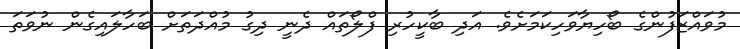
މުވައްޒަފުންގެ ބޯހިޔާވަހިކަމަށެވެ. އަދި ބާކީހުރި ފްލޯތައް ދެނީ ދިގު މުއްދަތަށް ބަހާލައިގެން ނުވަތަ